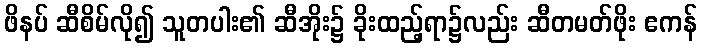
ဖိနပ် ဆီစိမ်လို၍ သူတပါး၏ ဆီအိုး၌ ခိုးထည့်ရာ၌လည်း ဆီတမတ်ဖိုး ဧကန်